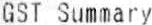
GST SUMMARY